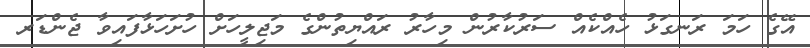
އޭގެ ހަމަ ރަނގަޅު ހެއްކެއް ސަރުކާރުން މިހާރު ރައްޔިތުންގެ މަޖިލީހަށް ހުށަހަޅާފައިވާ ޖެންޑަރ